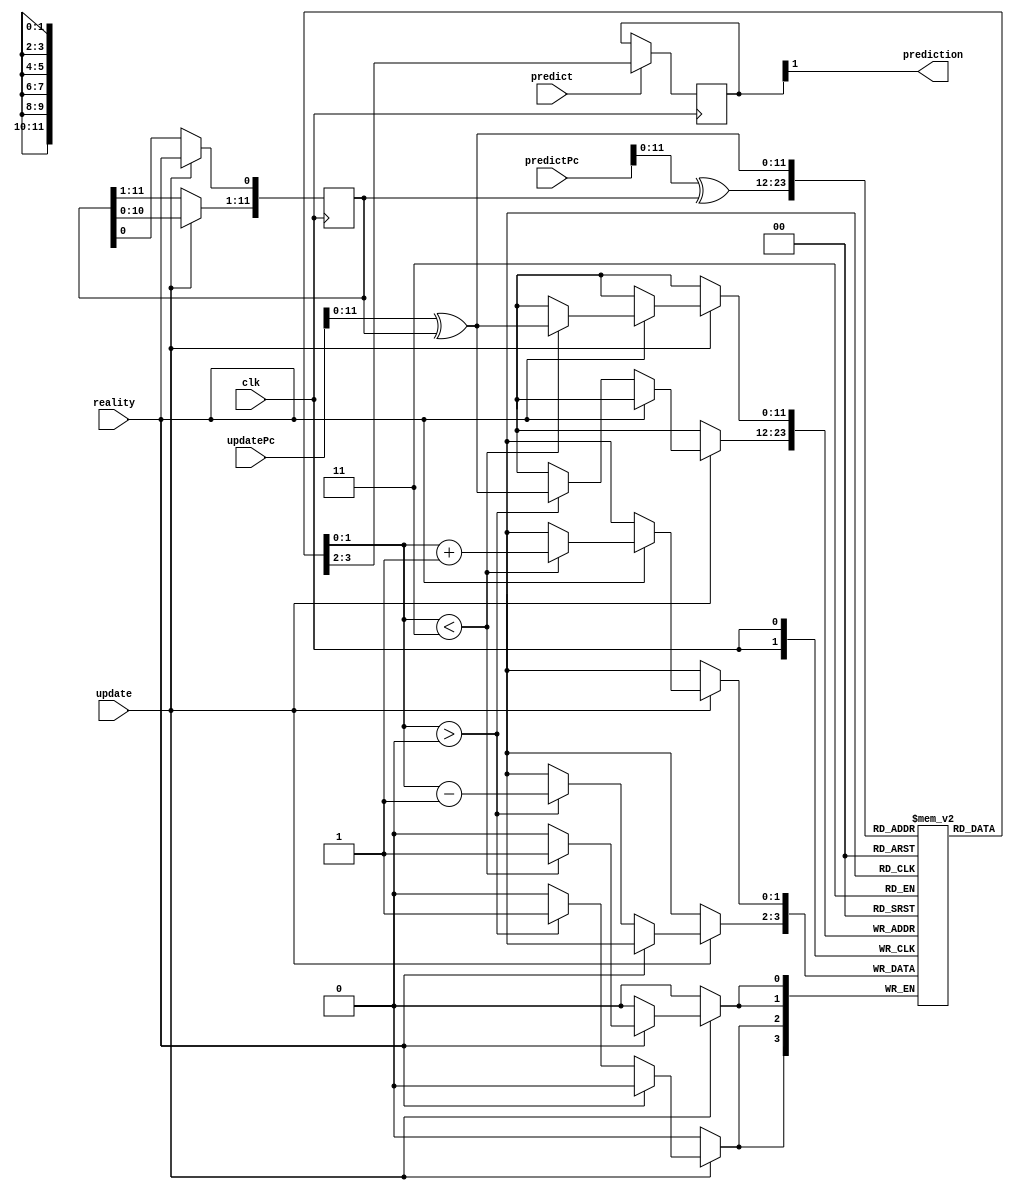
module GShare(predictPc, updatePc, clk, predict, update, reality, prediction);
	parameter bit_width = 32;
	parameter tableLength = 1 << 12;
	input[bit_width -1 : 0] predictPc, updatePc;
	input predict, update, reality, clk;
	output prediction;
	reg[1:0] predictionReg;
	assign prediction = predictionReg[1];
	wire[11:0] predictPcIndex;
	assign predictPcIndex = predictPc[11:0];
	wire[11:0] updatePcIndex;
	assign updatePcIndex = updatePc[11:0];
	
	reg[1:0] lookup [0:tableLength - 1];
	reg[11:0] gHistory;
	integer i;
	
	initial begin
		for(i = 0; i < tableLength; i = i + 1) begin
			lookup[i] <= 2'b10;
		end
		predictionReg <= 2'b00;
		gHistory <= 12'b0000000000000;
	end
	
	always @ (posedge clk) begin
		if (predict == 1) begin
			predictionReg <= lookup[predictPcIndex ^ gHistory];
		end
		if (update == 1) begin
			if (reality == 1) begin
				if(lookup[updatePcIndex ^ gHistory] < 3) begin
					lookup[updatePcIndex ^ gHistory] <= lookup[updatePcIndex ^ gHistory] + 2'b01;
				end
			end
			else if (reality == 0) begin
					if(lookup[updatePcIndex	^ gHistory] > 0) begin
					lookup[updatePcIndex ^ gHistory] <= lookup[updatePcIndex ^ gHistory] - 2'b01;
				end
			end
			gHistory[11:1] = gHistory[10:0];
			gHistory[0] <= reality;
		end
	end
	



endmodule